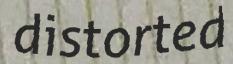
distorted